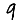
Digit: 9